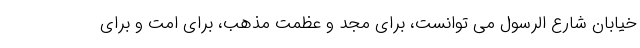
خیابان شارع الرسول می توانست، برای مجد و عظمت مذهب، برای امت و برای